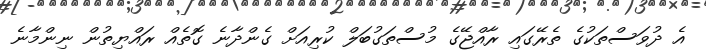
އެ ދުވަސްތަކުގެ ތެރޭގައި ރާއްޖޭގެ މުސްތަގުބަލް ކުރިއަށް ގެންދާނެ ގޮތެއް ރައްޔިތުން ނިންމާނެ